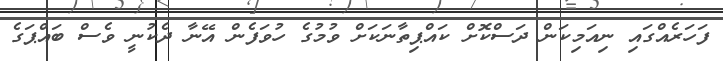
ފަހަރެއްގައި ނިއަމިކަން ދަސްކޮށް ކައްޕިތާނަކަށް ވުމުގެ ހުވަފެން އޭނާ ދެކުނީ ވެސް ބައްޕަގެ